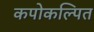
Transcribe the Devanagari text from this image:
कपोकल्पित